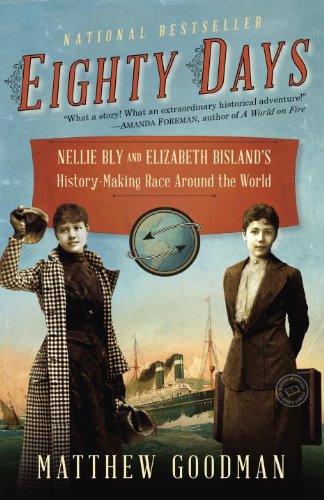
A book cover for Eighty Days: Nellie Bly and Elizabeth Bisland's History-Making Race Around the World; Matthew Goodman; History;